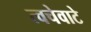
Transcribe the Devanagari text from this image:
त्वचेवाटे